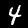
Digit: 4